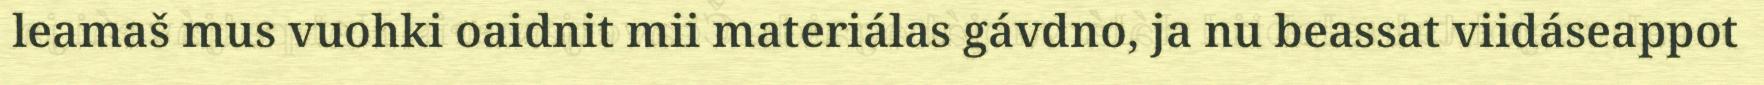
leamaš mus vuohki oaidnit mii materiálas gávdno, ja nu beassat viidáseappot